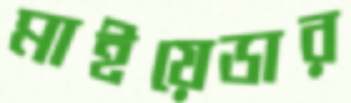
মাইয়েডার